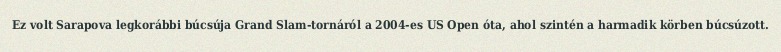
Ez volt Sarapova legkorábbi búcsúja Grand Slam-tornáról a 2004-es US Open óta, ahol szintén a harmadik körben búcsúzott.